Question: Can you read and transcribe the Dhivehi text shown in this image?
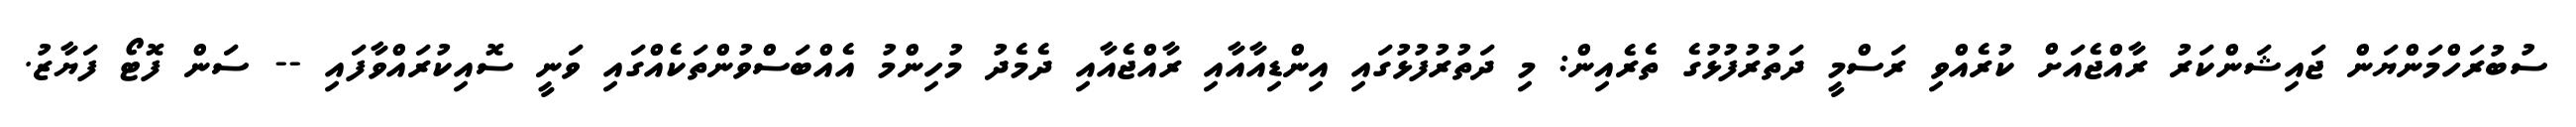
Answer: ސުބުރަހްމަންޔަން ޖައިޝަންކަރު ރާއްޖެއަށް ކުރެއްވި ރަސްމީ ދަތުރުފުޅުގެ ތެރެއިން: މި ދަތުރުފުޅުގައި އިންޑިއާއާއި ރާއްޖެއާއި ދެމެދު މުހިންމު އެއްބަސްވުންތަކެއްގައި ވަނީ ސޮއިކުރައްވާފައި -- ސަން ފޮޓޯ ފަޔާޒު.